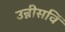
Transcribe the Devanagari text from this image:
उन्नीसविं